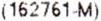
(162761-M)